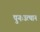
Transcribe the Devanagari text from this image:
पुनःउत्थान